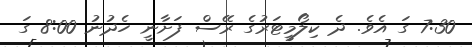
7:30 ގަ އެވެ. ދެ ކިލޯމީޓަރުގެ ރޭސް ފަށާނީ ހެދުނު 8:00 ގަ